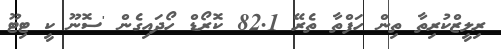
ރިލީޒްކުރިތާ ތިން ހަފްތާ ތެރޭ 82.1 ކޮރޯޑް ހޯދައިގެން 'ސޮނޫ ކީ ޓިޓޫ